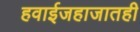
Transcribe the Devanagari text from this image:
हवाईजहाजातही